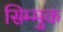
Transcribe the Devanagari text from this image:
सिम्मुक